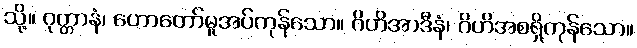
သို့။ ဝုတ္တာနံ၊ ဟောတော်မူအပ်ကုန်သော။ ဂိဟိအာဒီနံ၊ ဂိဟိအစရှိကုန်သော။